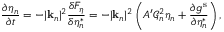
\frac { \partial \eta _ { n } } { \partial t } = - | \mathbf { k } _ { n } | ^ { 2 } \frac { \delta F _ { \eta } } { \delta \eta _ { n } ^ { * } } = - | \mathbf { k } _ { n } | ^ { 2 } \left( A ^ { \prime } \mathcal { G } _ { n } ^ { 2 } \eta _ { n } + \frac { \partial g ^ { \mathrm { s } } } { \partial \eta _ { n } ^ { * } } \right) ,